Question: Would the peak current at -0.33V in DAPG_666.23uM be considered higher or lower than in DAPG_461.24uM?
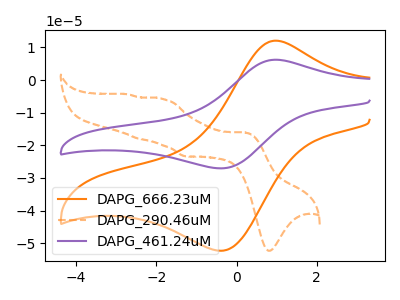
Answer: <think>The orange curve "DAPG_666.23uM" has an anodic peak at (0.95V, 12.10uA) and a cathodic peak at (-0.35V, -52.25uA). The orange dashed curve "DAPG_290.46uM" has anodic peaks at (0.20V, -16.05uA) (-1.85V, -5.75uA) (-2.45V, -17.95uA) (-2.70V, -4.35uA) and cathodic peaks at (0.80V, -52.30uA) (-1.30V, -23.35uA). The purple curve "DAPG_461.24uM" has an anodic peak at (0.95V, 6.25uA) and a cathodic peak at (-0.35V, -27.05uA).</think>
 <answer>The peak at -0.33V is higher in "DAPG_666.23uM" than in "DAPG_461.24uM".</answer>
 <eval>higher</eval>